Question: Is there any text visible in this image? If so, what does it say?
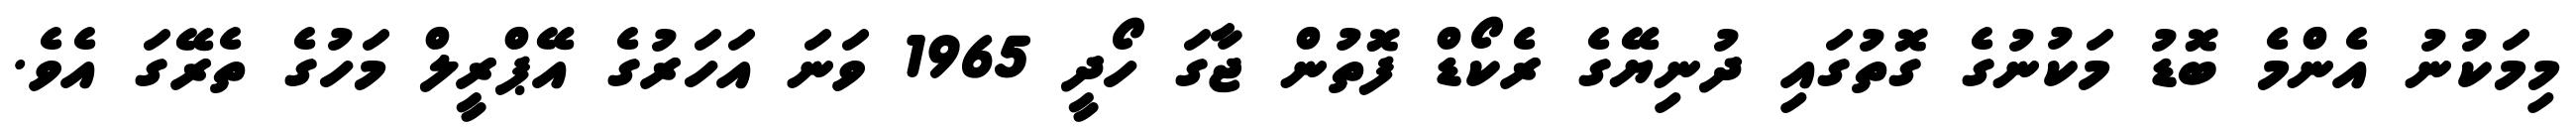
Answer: މިމަކުނު އެންމެ ބޮޑު މަކުނުގެ ގޮތުގައި ދުނިޔޭގެ ރެކޯޑް ފޮތުން ޖާގަ ހޯދީ 1965 ވަނަ އަހަރުގެ އޭޕްރީލް މަހުގެ ތެރޭގަ އެވެ.